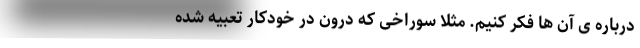
درباره ی آن ها فکر کنیم. مثلاً سوراخی که درون در خودکار تعبیه شده